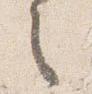
之